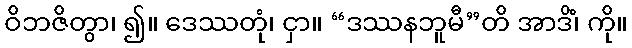
ဝိဘဇိတွာ၊ ၍။ ဒေဿတုံ၊ ငှာ။ “ဒဿနဘူမီ”တိ အာဒိံ၊ ကို။